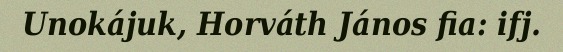
Unokájuk, Horváth János fia: ifj.